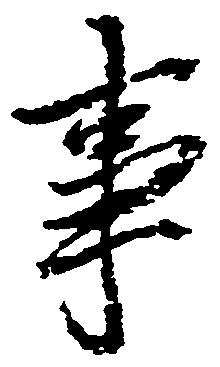
事